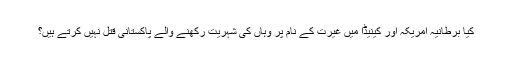
کیا برطانیہ امریکہ اور کینیڈا میں غیرت کے نام پر وہاں کی شہریت رکھنے والے پاکستانی قتل نہیں کرتے ہیں؟